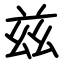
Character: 兹